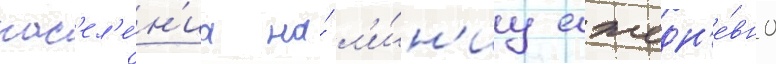
нас'ел'е́н'иа на́ л'и́н'иу ежедн'е́вно